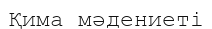
Қима мәдениеті